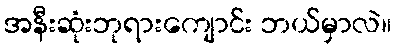
အနီးဆုံးဘုရားကျောင်း ဘယ်မှာလဲ။